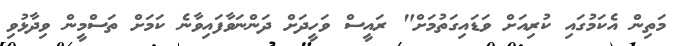
މަތިން އެކަމުގައި ކުރިއަށް ވަޑައިގަތުމަށް" ރައީސް ވަހީދަށް ދަންނަވާފައިވާނެ ކަމަށް ތަސްމީން ވިދާޅުވި